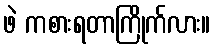
ဖဲ ကစားရတာကြိုက်လား။